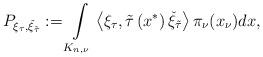
LaTeX: \begin{align*}P_{\xi_{\tau},\check{\xi}_{\tilde{\tau}}}:=\int\limits_{K_{n,\nu}} \left<\xi_\tau,\tilde{\tau}\left(x^*\right)\check{\xi}_{\tilde{\tau}}\right>\pi_{\nu}(x_\nu) dx,\end{align*}